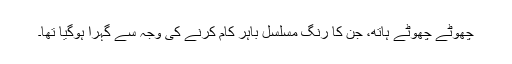
چھوٹے چھوٹے ہاتھ، جن کا رنگ مسلسل باہر کام کرنے کی وجہ سے گہرا ہوگیا تھا۔